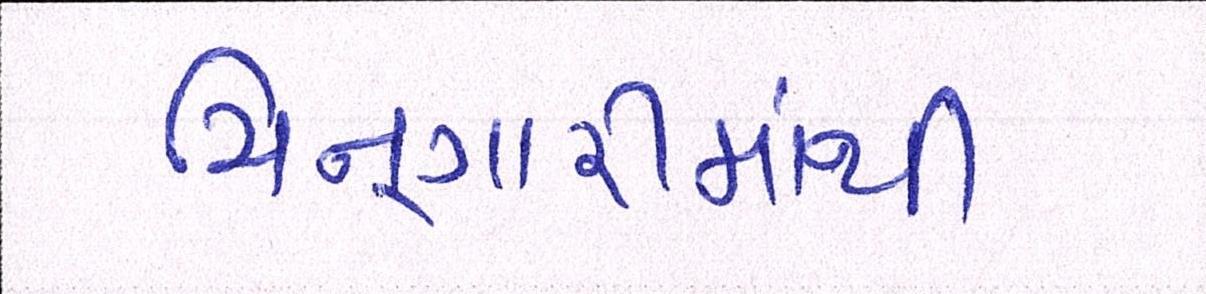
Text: ચિનગારીમાંથી